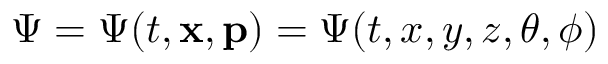
\Psi = \Psi ( t , \mathbf { x } , \mathbf { p } ) = \Psi ( t , x , y , z , \theta , \phi )